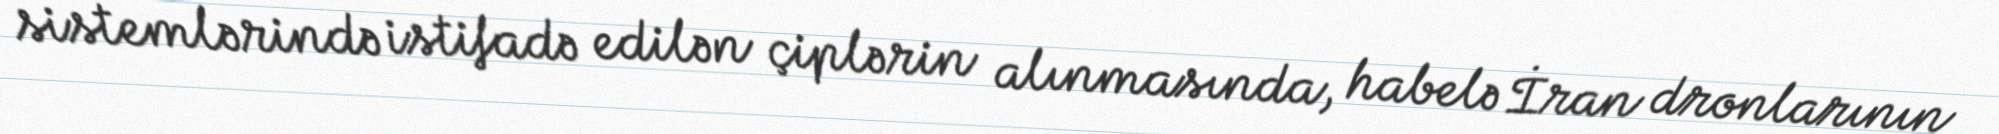
sistemlərində istifadə edilən çiplərin alınmasında, habelə İran dronlarının